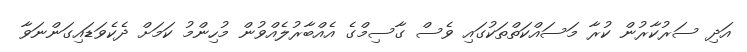
އަދި ސަރުކާރުން ކުރާ މަސައްކަތްތަކުގައި ވެސް ގާސިމްގެ އެއްބާރުލެއްވުން މުހިންމު ކަމަށް ދެކެވަޑައިގަންނަވާ